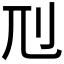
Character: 𠚯